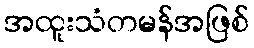
အထူးသံတမန်အဖြစ်